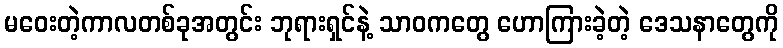
မဝေးတဲ့ကာလတစ်ခုအတွင်း ဘုရားရှင်နဲ့ သာဝကတွေ ဟောကြားခဲ့တဲ့ ဒေသနာတွေကို